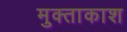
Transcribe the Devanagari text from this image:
मुक्ताकाश